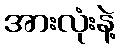
အားလုံးနဲ့